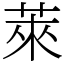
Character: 萊